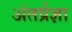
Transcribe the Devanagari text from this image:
अंतर्प्रज्ञा